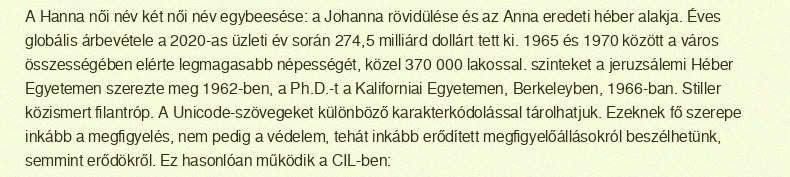
A Hanna női név két női név egybeesése: a Johanna rövidülése és az Anna eredeti héber alakja. Éves globális árbevétele a 2020-as üzleti év során 274,5 milliárd dollárt tett ki. 1965 és 1970 között a város összességében elérte legmagasabb népességét, közel 370 000 lakossal. szinteket a jeruzsálemi Héber Egyetemen szerezte meg 1962-ben, a Ph.D.-t a Kaliforniai Egyetemen, Berkeleyben, 1966-ban. Stiller közismert filantróp. A Unicode-szövegeket különböző karakterkódolással tárolhatjuk. Ezeknek fő szerepe inkább a megfigyelés, nem pedig a védelem, tehát inkább erődített megfigyelőállásokról beszélhetünk, semmint erődökről. Ez hasonlóan működik a CIL-ben: